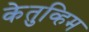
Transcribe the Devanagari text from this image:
केतुव्हिम